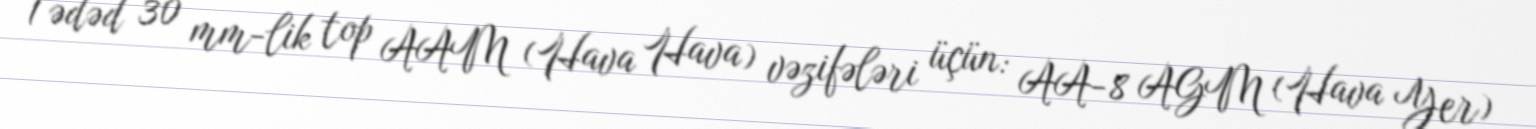
1 ədəd 30 mm-lik top AAM (Hava Hava) vəzifələri üçün: AA-8 AGM (Hava Yer)